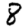
Digit: 8